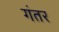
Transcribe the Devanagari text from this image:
गंतर